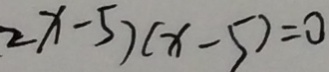
2 x - 5 ) ( x - 5 ) = 0